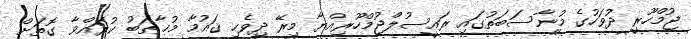
ޖުމްހޫރީ ދުވަހުގެ މުނާސަބަތުގައި ރައީސުލްޖުމްހޫރިއްޔާ މިރޭ ދިވެހި ޤައުމާ މުޚާޠަބު ކުރައްވާ ގޮތަށް